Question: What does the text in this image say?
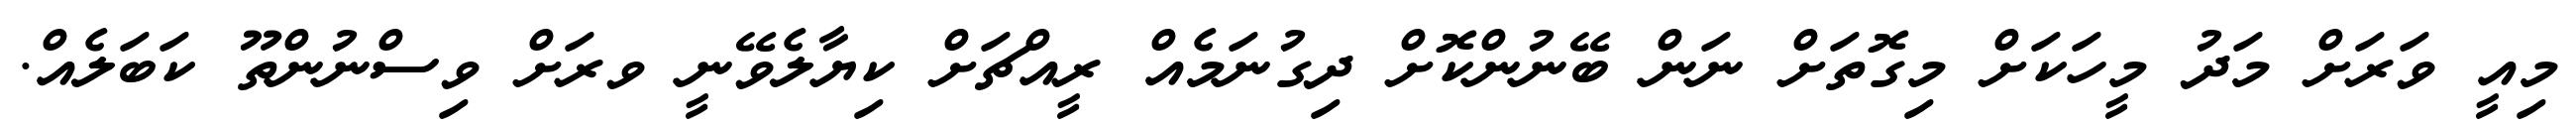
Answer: މިއީ ވަރަށް މަދު މީހަކަށް މިގޮތަށް ނަން ބޭނުންކޮށް ދިގުނަމެއް ރީއްޗަށް ކިޔާލެވޭނީ ވރަށް ވިސްނުންތޫ ކަބަލެއް.